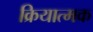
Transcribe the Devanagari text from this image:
क्रियात्‍मक